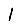
Digit: 1